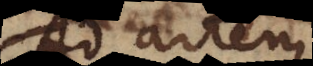
Ad artem